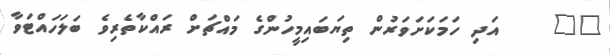
١٠    އަދި ހަމަކަށަވަރުން ތިޔަބައިމީހުންގެ މައްޗަށް ރައްކާތެރިވެ ބަލަހައްޓަވާ